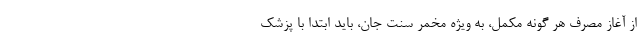
از آغاز مصرف هر گونه مکمل، به ویژه مخمر سنت جان، باید ابتدا با پزشک